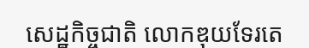
សេដ្ឋកិច្ចជាតិ លោកឌុយទែរតេ